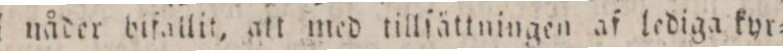
i nåder bifallit, att med tillſåttningen af lediga kyr=